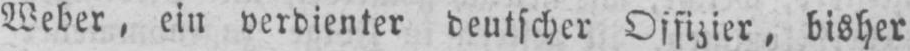
Weber, ein verdienter deutscher Offizier. bisher